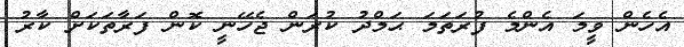
އެހެން ވީމަ އެންމެ ފުރަތަމަ ޙަމްދު ކުރަން ޖެހޭނީ ކޮން ފަރާތަކަށް ކާރު